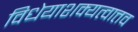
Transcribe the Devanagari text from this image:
विधेयाशक्यत्वात्तव